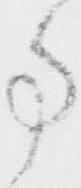
事